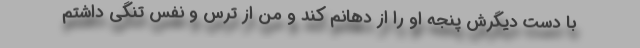
با دست دیگرش پنجه او را از دهانم کَند و من از ترس و نفس تنگی داشتم